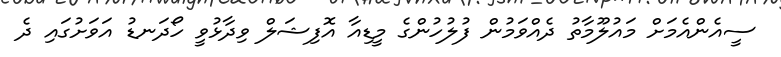
ސީއެންއެމަށް މައުލޫމާތު ދެއްވަމުން ފުލުހުންގެ މީޑިއާ އޮފިޝަލް ވިދާޅުވީ ހޯދަނޑު އަވަށުގައި ދެ